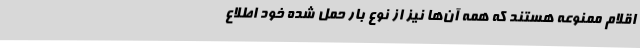
اقلام ممنوعه هستند که همه آن‌ها نیز از نوع بار حمل شده خود اطلاع